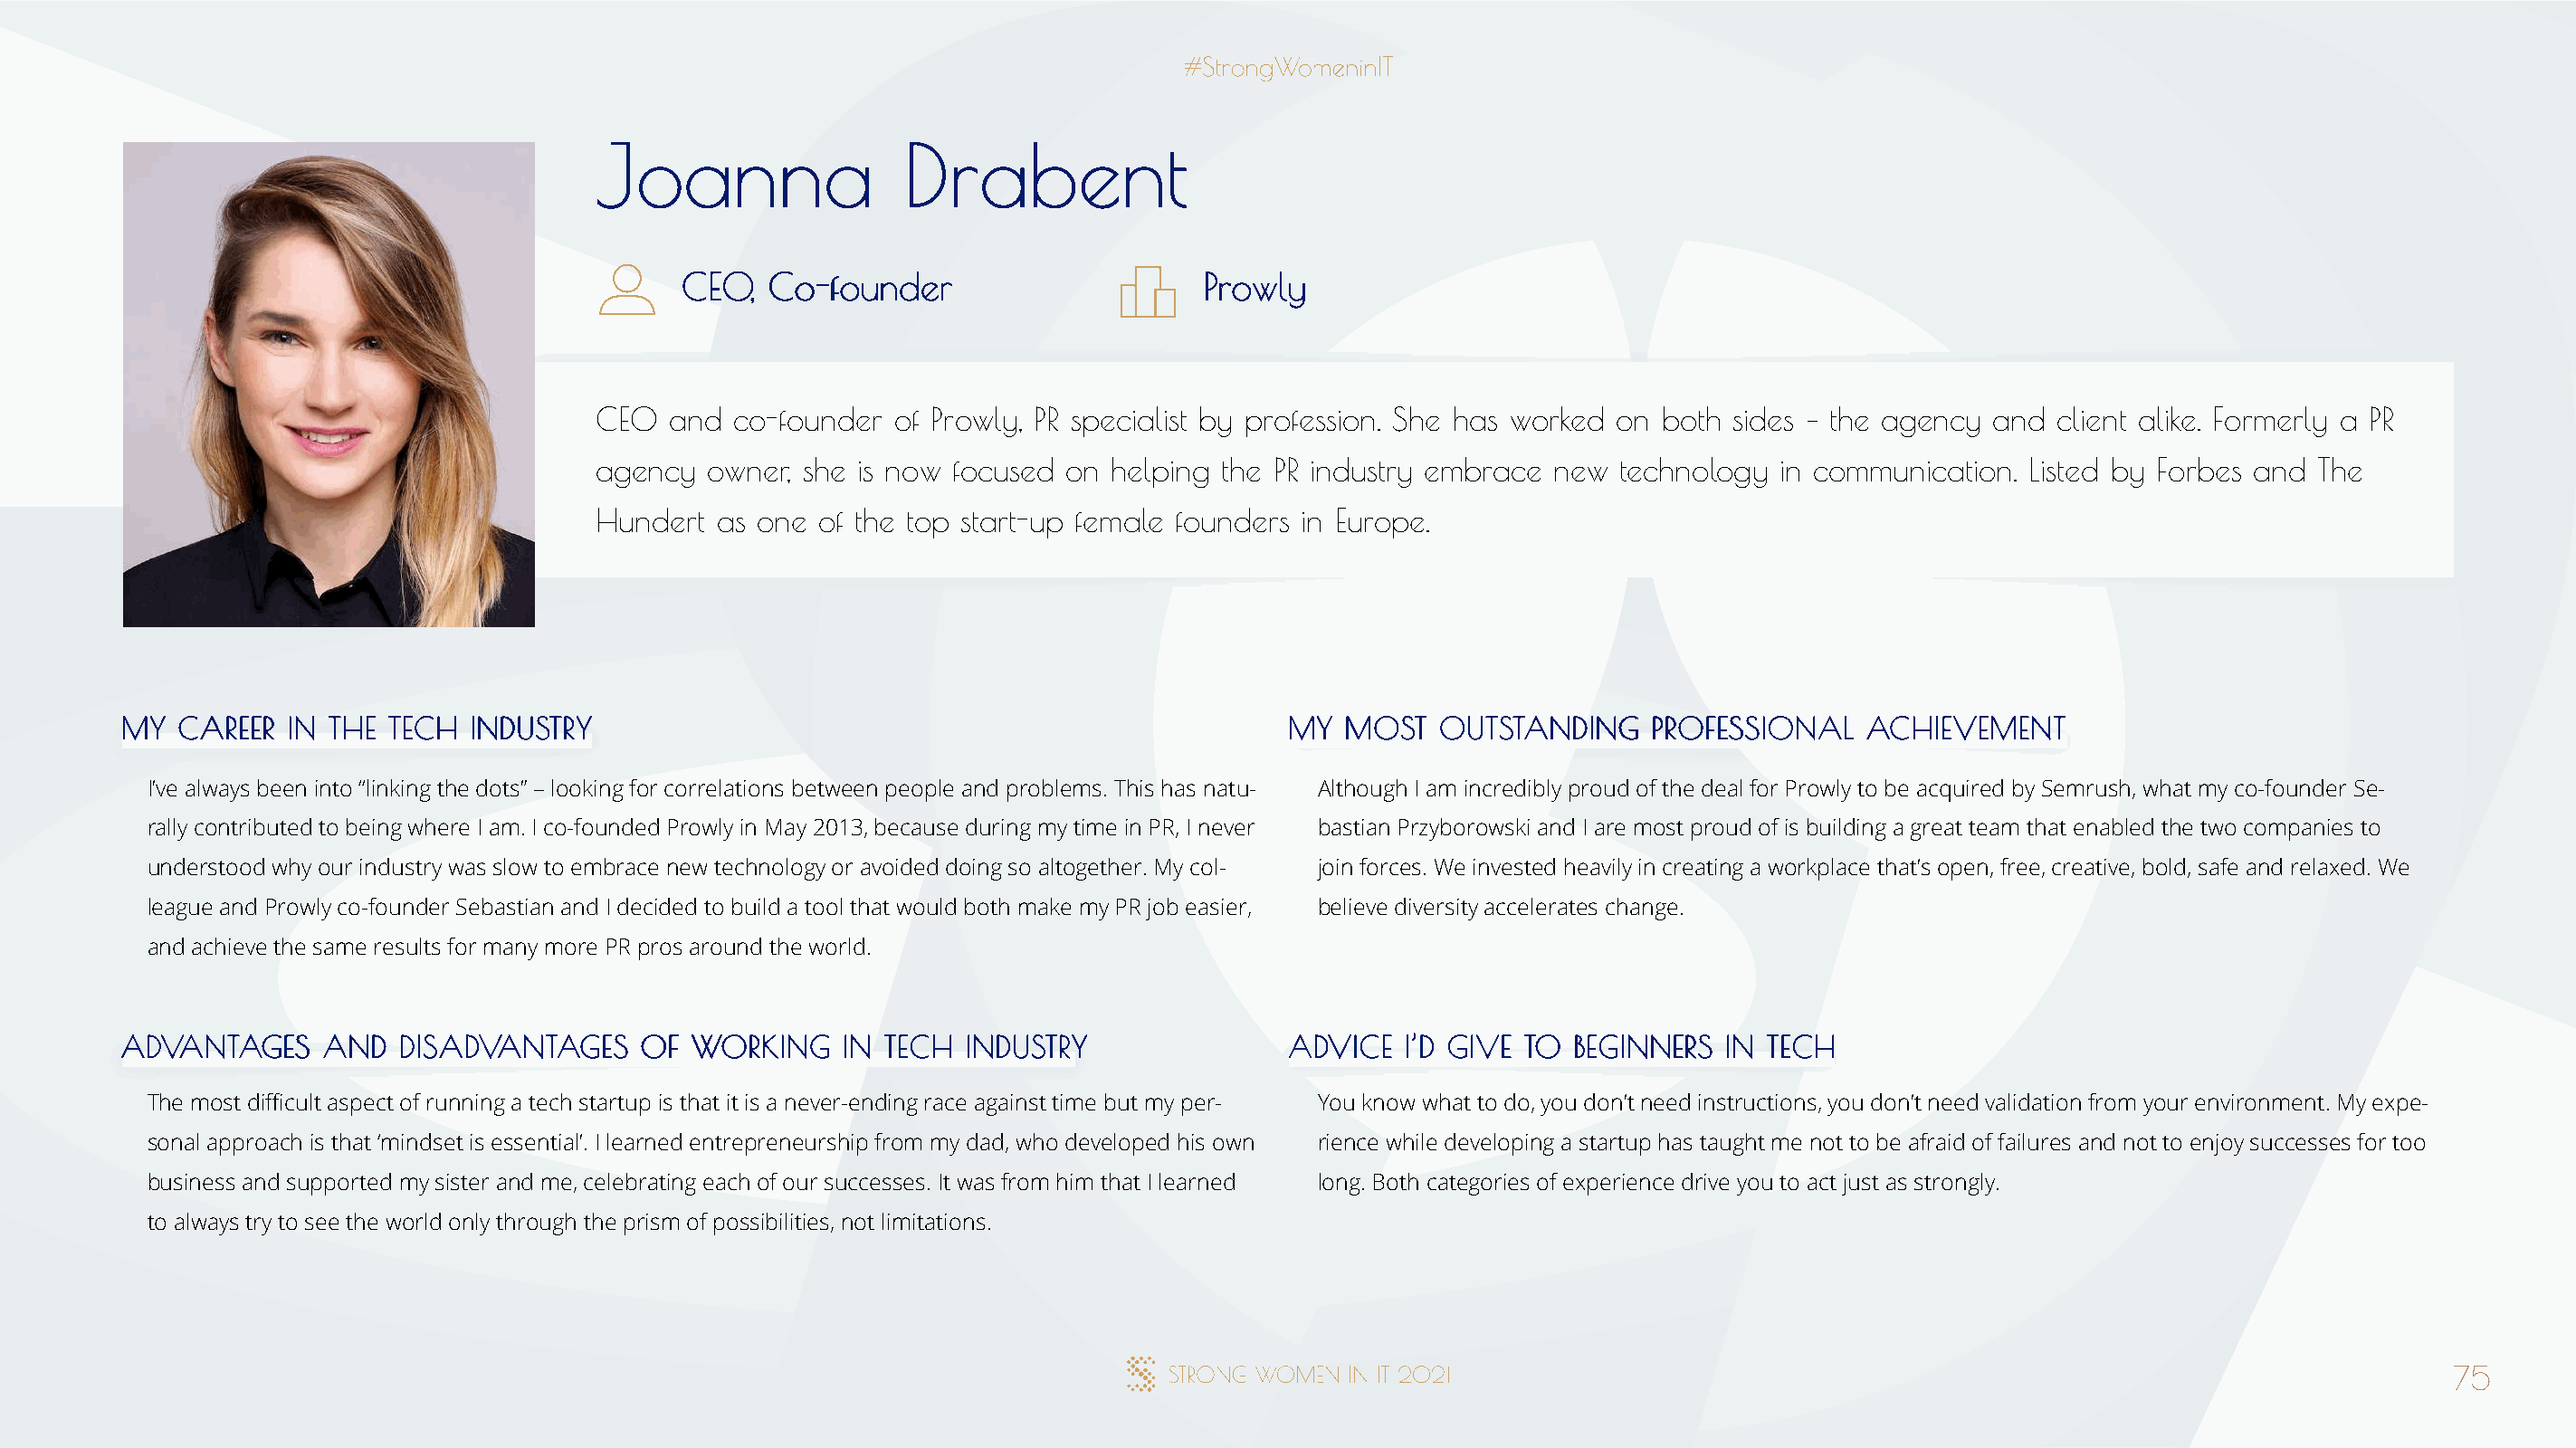
JJooaannnnaa          DDrraabbeenntt
 CCEEOO,, CCoo--ffoouunnddeerr         PPrroowwllyy
 CEO  and  co-founder of Prowly, PR specialist by profession. She has worked on both sides – the agency and client alike. Formerly a PR
 agency  owner, she is now focused on helping the PR industry embrace  new technology  in communication. Listed by Forbes and  The
 Hundert as one  of the top start-up female founders in Europe.
 MMYY CCAARREEEERR IINN TTHHEE TTEECCHH IINNDDUUSSTTRRYY                              MMYY MMOOSSTT OOUUTTSSTTAANNDDIINNGG PPRROOFFEESSSSIIOONNAALL AACCHHIIEEVVEEMMEENNTT
 I’ve always been into “linking the dots” – looking for correlations between people and problems. This has natu- Although I am incredibly proud of the deal for Prowly to be acquired by Semrush, what my co-founder Se-
 rally contributed to being where I am. I co-founded Prowly in May 2013, because during my time in PR, I never bastian Przyborowski and I are most proud of is building a great team that enabled the two companies to
 understood why our industry was slow to embrace new technology or avoided doing so altogether. My col- join forces. We invested heavily in creating a workplace that’s open, free, creative, bold, safe and relaxed. We
 league and Prowly co-founder Sebastian and I decided to build a tool that would both make my PR job easier, believe diversity accelerates change.
 and achieve the same results for many more PR pros around the world.
 AADDVVAANNTTAAGGEESS AANNDD DDIISSAADDVVAANNTTAAGGEESS OOFF WWOORRKKIINNGG IINN TTEECCHH IINNDDUUSSTTRRYY AADDVVIICCEE II’’DD GGIIVVEE TTOO BBEEGGIINNNNEERRSS IINN TTEECCHH
 The most difficult aspect of running a tech startup is that it is a never-ending race against time but my per- You know what to do, you don’t need instructions, you don’t need validation from your environment. My expe-
 sonal approach is that ‘mindset is essential’. I learned entrepreneurship from my dad, who developed his own rience while developing a startup has taught me not to be afraid of failures and not to enjoy successes for too
 business and supported my sister and me, celebrating each of our successes. It was from him that I learned long. Both categories of experience drive you to act just as strongly.
 to always try to see the world only through the prism of possibilities, not limitations.
 75